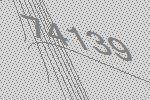
74139